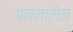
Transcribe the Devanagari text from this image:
अन्नालेन